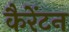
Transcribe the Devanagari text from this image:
कैरेंटन